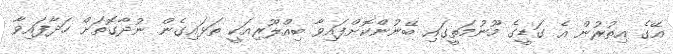
އޭގެ އިތުރުން އެ ގަޑީގެ މޫނުމަތީގައި ބޭނުންކޮށްފައިވާ ބިއްލޫރިއަކީ ތަޅައިގެން ނުދާގޮތަށް ހަދާފައިވާ